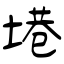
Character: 塂